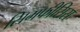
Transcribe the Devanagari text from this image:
सिमफीसिस